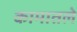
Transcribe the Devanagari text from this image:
कामातले